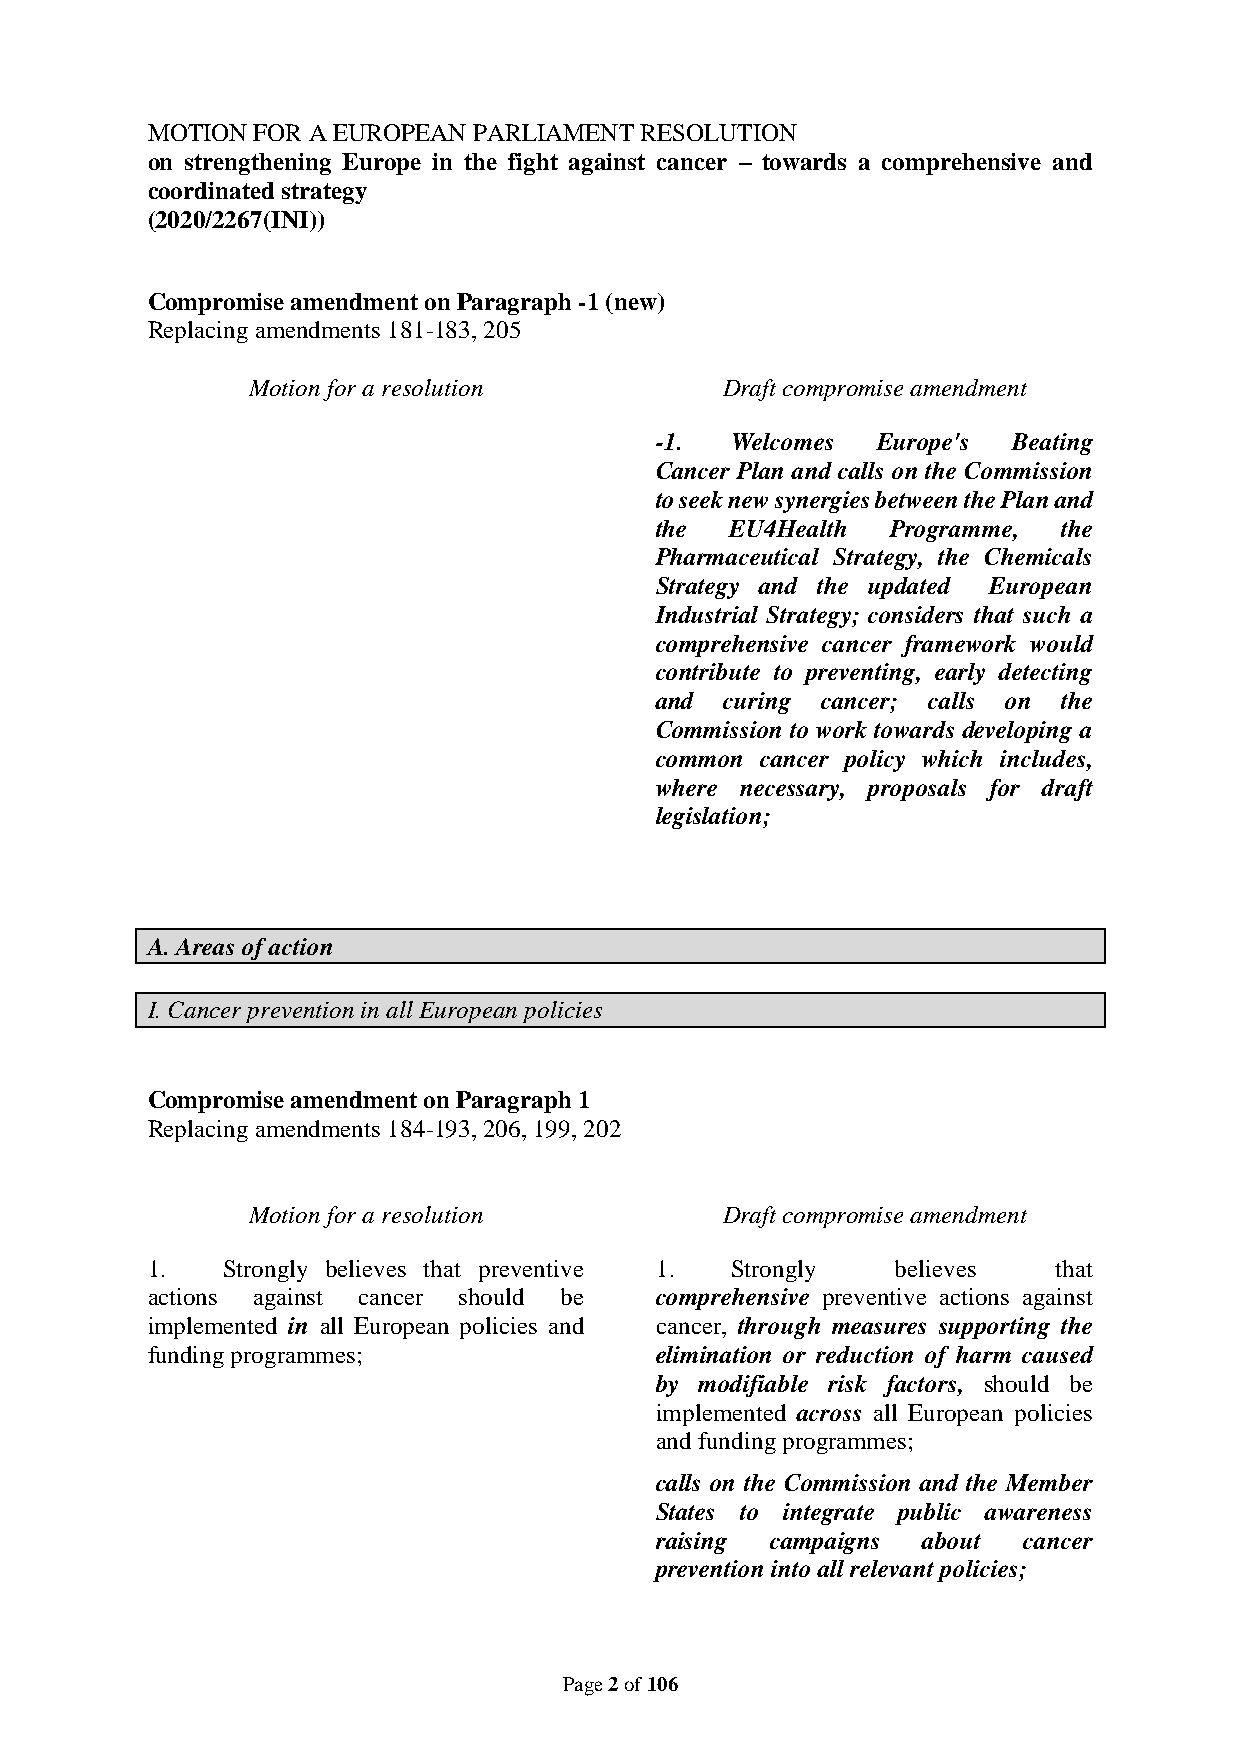
MOTION FOR A EUROPEAN PARLIAMENT RESOLUTION
 on strengthening Europe in the fight against cancer – towards a comprehensive and
 coordinated strategy
 (2020/2267(INI))
 Compromise amendment on Paragraph -1 (new)
 Replacing amendments 181-183, 205
 Motion for a resolution         Draft compromise amendment
 -1.  Welcomes  Europe's Beating
 Cancer Plan and calls on the Commission
 to seek new synergies between the Plan and
 the  EU4Health  Programme, the
 Pharmaceutical Strategy, the Chemicals
 Strategy and the updated European
 Industrial Strategy; considers that such a
 comprehensive cancer framework would
 contribute to preventing, early detecting
 and  curing cancer; calls on the
 Commission to work towards developing a
 common cancer policy which includes,
 where necessary, proposals for draft
 legislation;
 A. Areas of action
 I. Cancer prevention in all European policies
 Compromise amendment on Paragraph 1
 Replacing amendments 184-193, 206, 199, 202
 Motion for a resolution         Draft compromise amendment
 1.   Strongly believes that preventive 1. Strongly believes that
 actions against cancer should be comprehensive preventive actions against
 implemented in all European policies and cancer, through measures supporting the
 funding programmes;              elimination or reduction of harm caused
 by modifiable risk factors, should be
 implemented across all European policies
 and funding programmes;
 calls on the Commission and the Member
 States to integrate public awareness
 raising campaigns about  cancer
 prevention into all relevant policies;
 Page 2 of 106